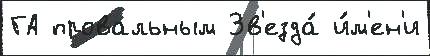
ГА провальным Зв'езда́ и́м'ен'и